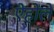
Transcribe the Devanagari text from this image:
ऐहोले